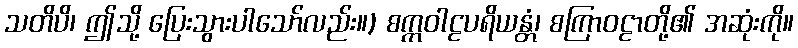
သတိပိ၊ ဤသို့ ပြေးသွားပါသော်လည်း။) စက္ကဝါဠပရိယန္တံ၊ စကြာဝဠာတို့၏ အဆုံးကို။